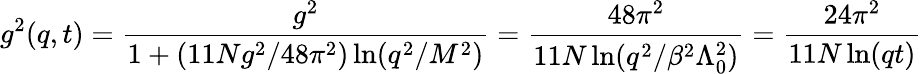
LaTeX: g^{2}(q,t)=\frac{g^{2}}{1+(11Ng^{2}/48\pi^{2})\ln(q^{2}/M^{2})}=\frac{48\pi^{2}}{11N\ln(q^{2}/\beta^{2}\Lambda_{0}^{2})}=\frac{24\pi^{2}}{11N\ln(qt)}